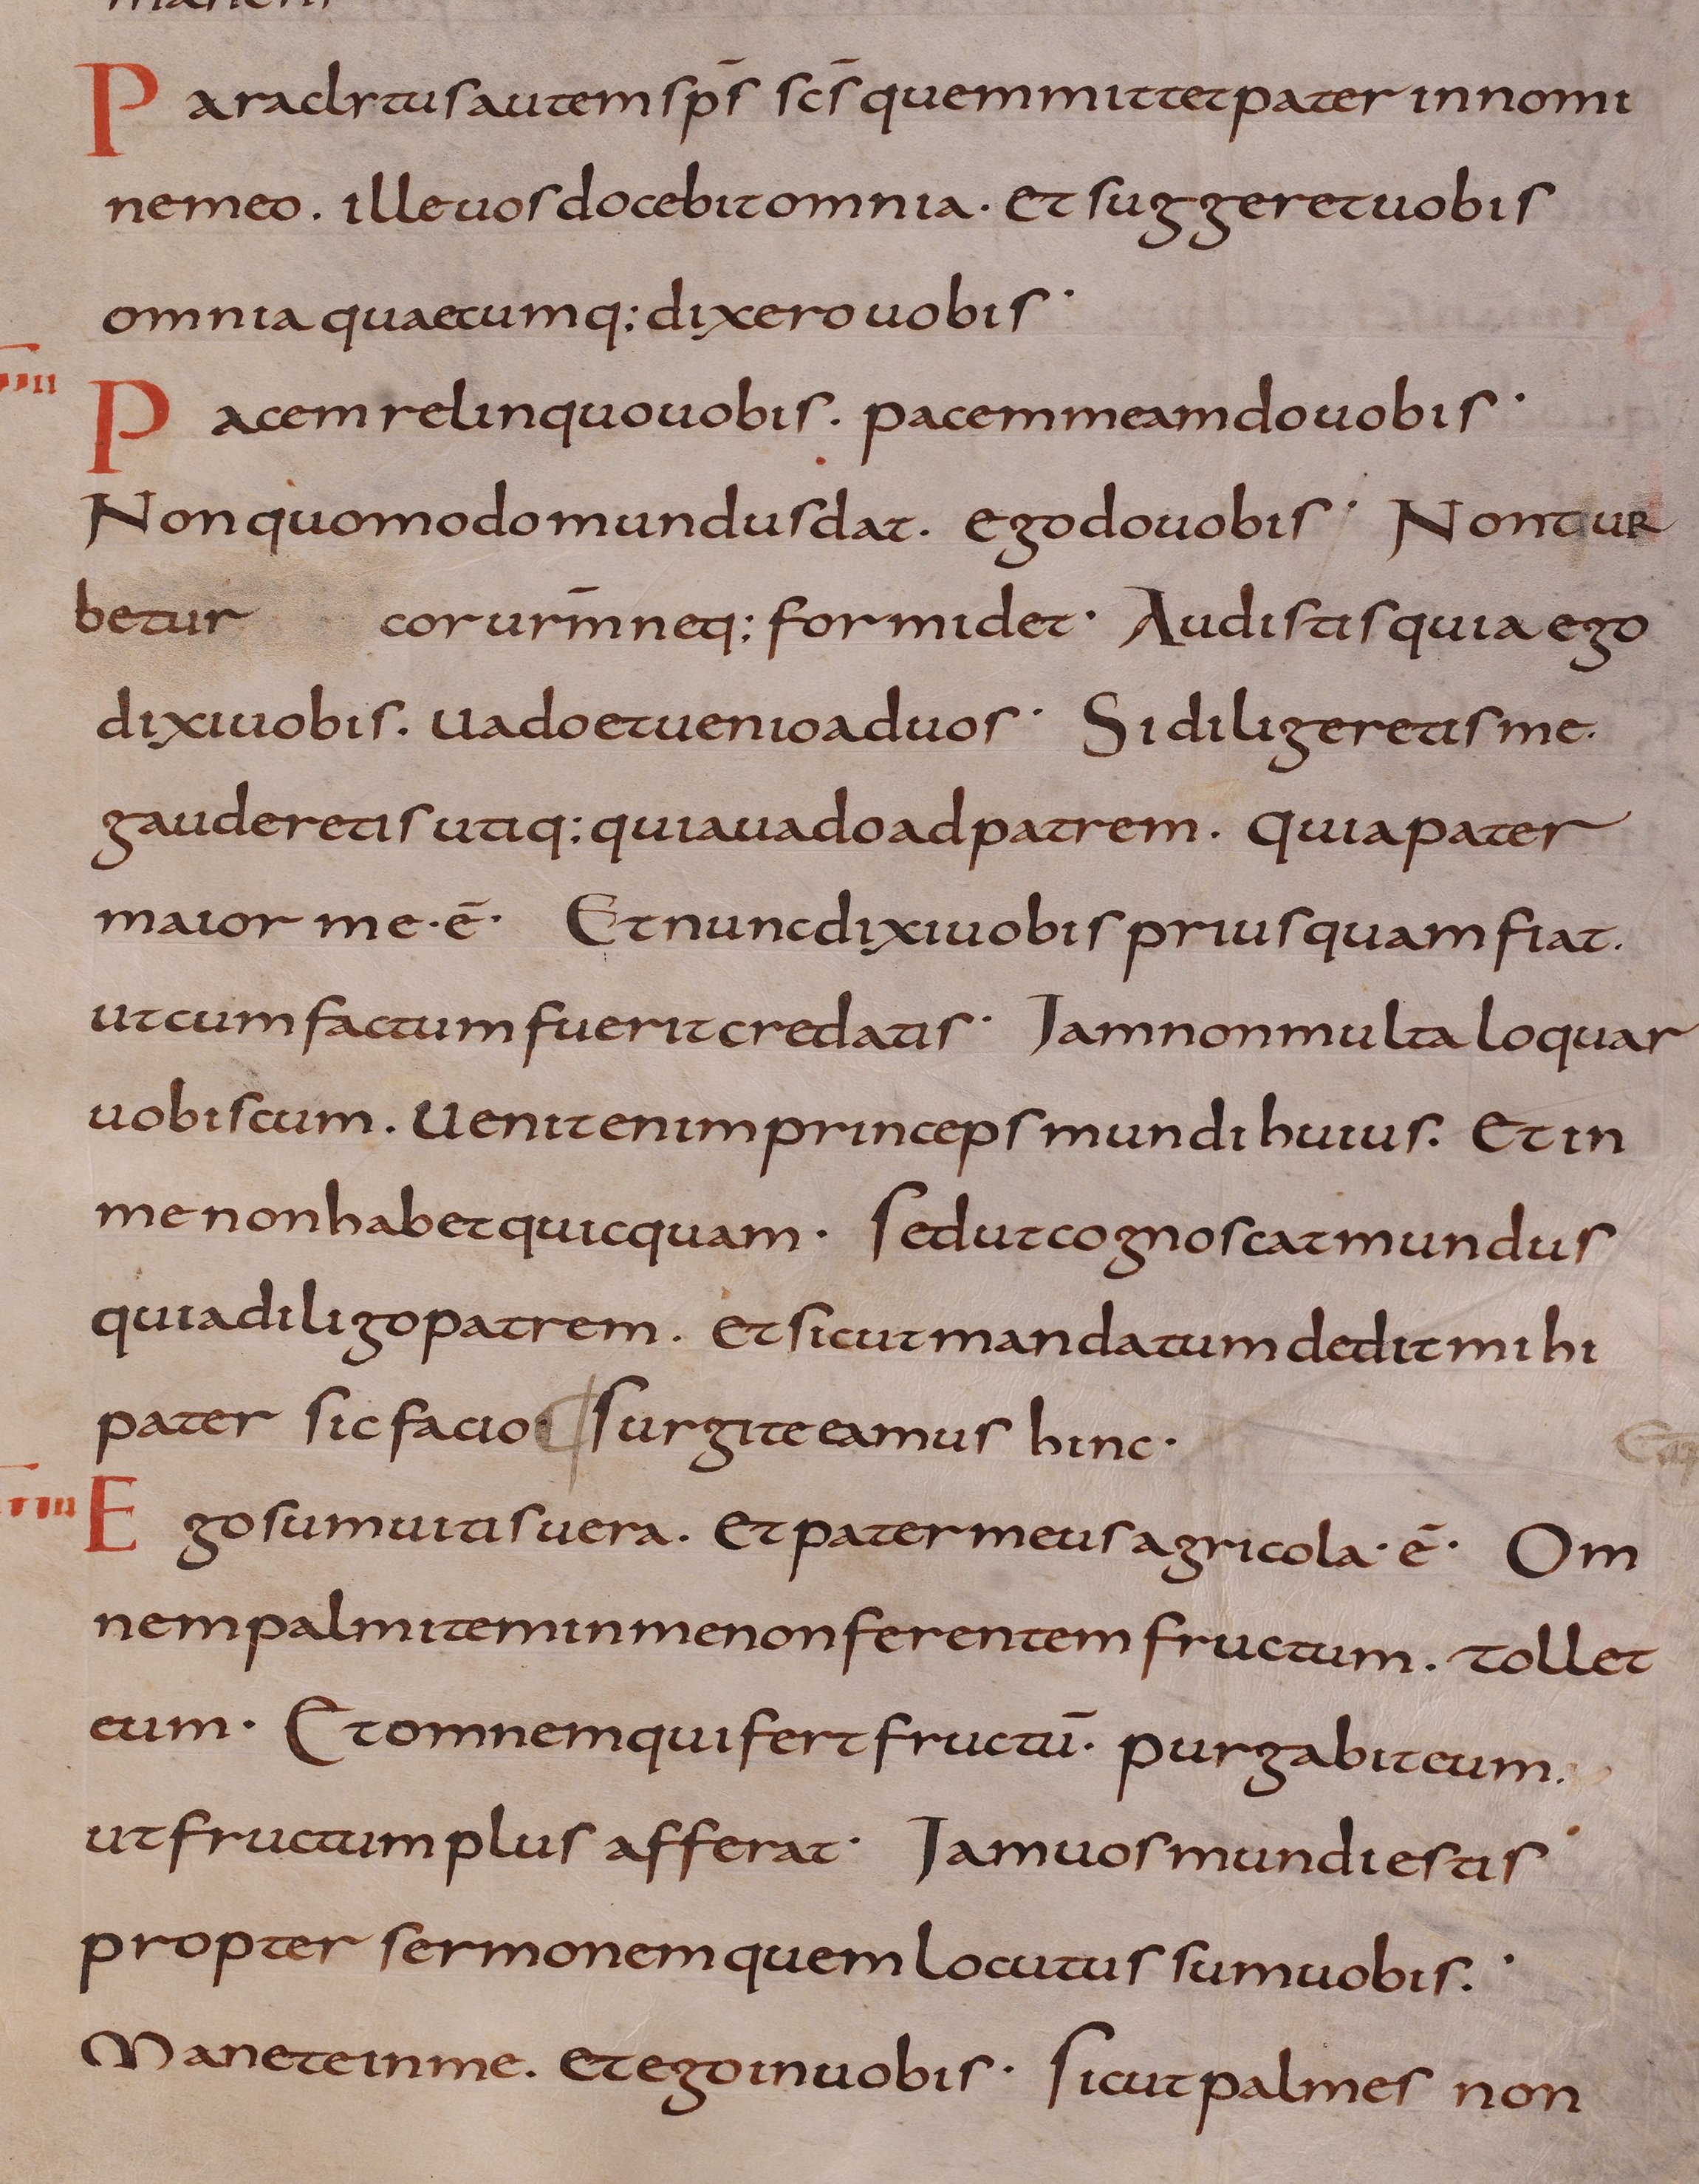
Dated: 800–899